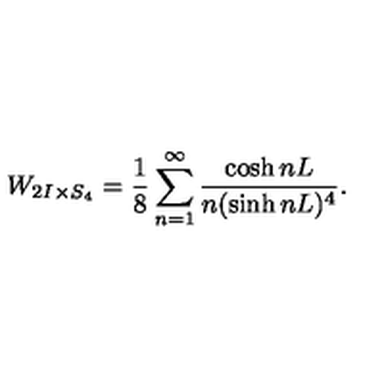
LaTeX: W _ { 2 I \times S _ { 4 } } = \frac { 1 } { 8 } \sum _ { n = 1 } ^ { \infty } \frac { \cosh n L } { n ( \sinh n L ) ^ { 4 } } .